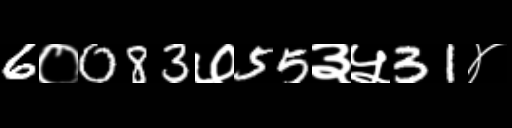
Text: 6०083७55३५31४